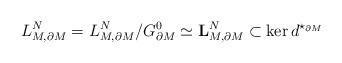
LaTeX: \begin{align*}{L}_{M,\partial M}^N={L}_{M,\partial M}^N/G_{\partial M}^0\simeq\mathbf{L}_{M,\partial M}^N\subset\ker d^{\star_{\partial M}}\end{align*}